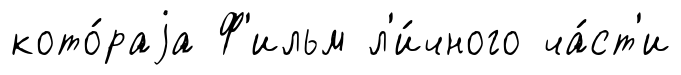
кото́раjа Ф'ильм л'и́чного ча́ст'и